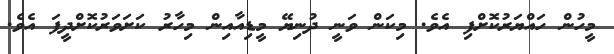
މީހުން ހައްޔަރުކޮށްފި އެވެ. މިކަން ވަނީ ދުނިޔޭ މީޑިއާއިން މިހާރު ކަށަވަރުކޮށްދީފަ އެވެ.